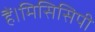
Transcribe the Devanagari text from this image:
हैं।मिसिसिपी